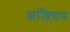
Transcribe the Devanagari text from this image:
आंद्रियास